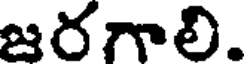
జరగాలి.